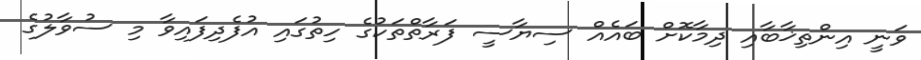
ވަނީ އިންތިޚާބާއި ދިމާކޮށް ބައެއް ސިޔާސީ ފަރާތްތަކުގެ ހިތުގައި އުފެދިފައިވާ މި ސުވާލުގެ